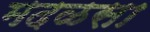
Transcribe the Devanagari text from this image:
मदळसा